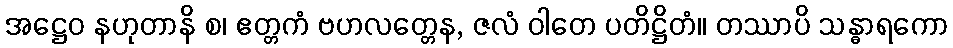
အဋ္ဌေဝ နဟုတာနိ စ၊ ဧတ္တကံ ဗဟလတ္တေန, ဇလံ ဝါတေ ပတိဋ္ဌိတံ။ တဿာပိ သန္ဓာရကော